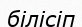
білісіп